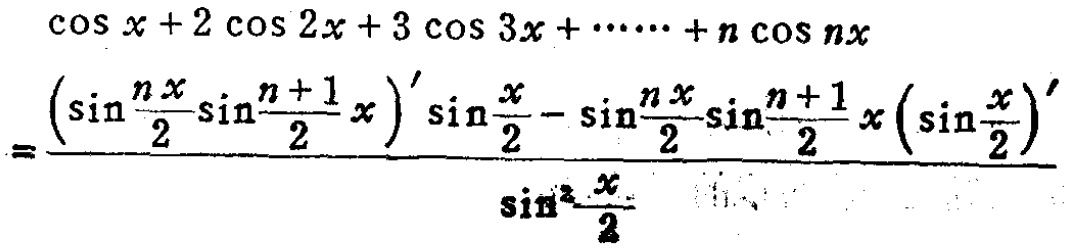
\[\cos x + 2\cos 2x + 3\cos 3x + \cdots + n\cos nx=\frac{\left(\sin\frac{nx}{2}\sin\frac{n + 1}{2}x\right)'\sin\frac{x}{2}-\sin\frac{nx}{2}\sin\frac{n + 1}{2}x\left(\sin\frac{x}{2}\right)'}{\sin^{2}\frac{x}{2}}\]